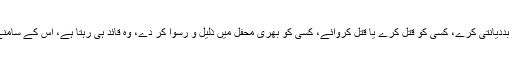
وہ جرم کرے، کرپشن کرے، بددیانتی کرے، کسی کو قتل کرے یا قتل کروائے، کسی کو بھری محفل میں ذلیل و رسوا کر دے، وہ قائد ہی رہتا ہے، اس کے سامنے زبان نہیں کھولی جا سکتی۔